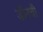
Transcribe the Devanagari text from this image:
डॉनची